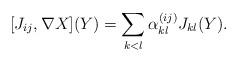
LaTeX: \begin{gather*}[J_{ij},\nabla X](Y) = \sum_{k<l} \alpha_{kl}^{(ij)} J_{kl}(Y).\end{gather*}